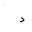
Letter: _dal